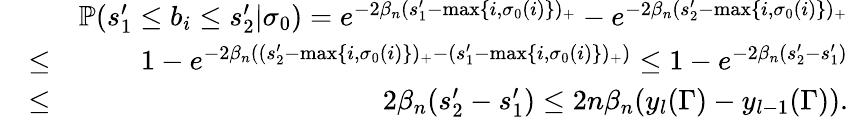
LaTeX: \begin{array}{rlr}&{}&{\mathbb{P}(s_{1}^{\prime}\leq b_{i}\leq s_{2}^{\prime}|\sigma_{0})=e^{-2\beta_{n}(s_{1}^{\prime}-\operatorname*{max}\{ i,\sigma_{0}(i)\} )_{+}}-e^{-2\beta_{n}(s_{2}^{\prime}-\operatorname*{max}\{ i,\sigma_{0}(i)\} )_{+}}}\\ &{\leq}&{1-e^{-2\beta_{n}((s_{2}^{\prime}-\operatorname*{max}\{ i,\sigma_{0}(i)\} )_{+}-(s_{1}^{\prime}-\operatorname*{max}\{ i,\sigma_{0}(i)\} )_{+})}\leq 1-e^{-2\beta_{n}(s_{2}^{\prime}-s_{1}^{\prime})}}\\ &{\leq}&{2\beta_{n}(s_{2}^{\prime}-s_{1}^{\prime})\leq 2n\beta_{n}(y_{l}(\Gamma)-y_{l-1}(\Gamma)).}\end{array}